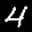
Digit: 4